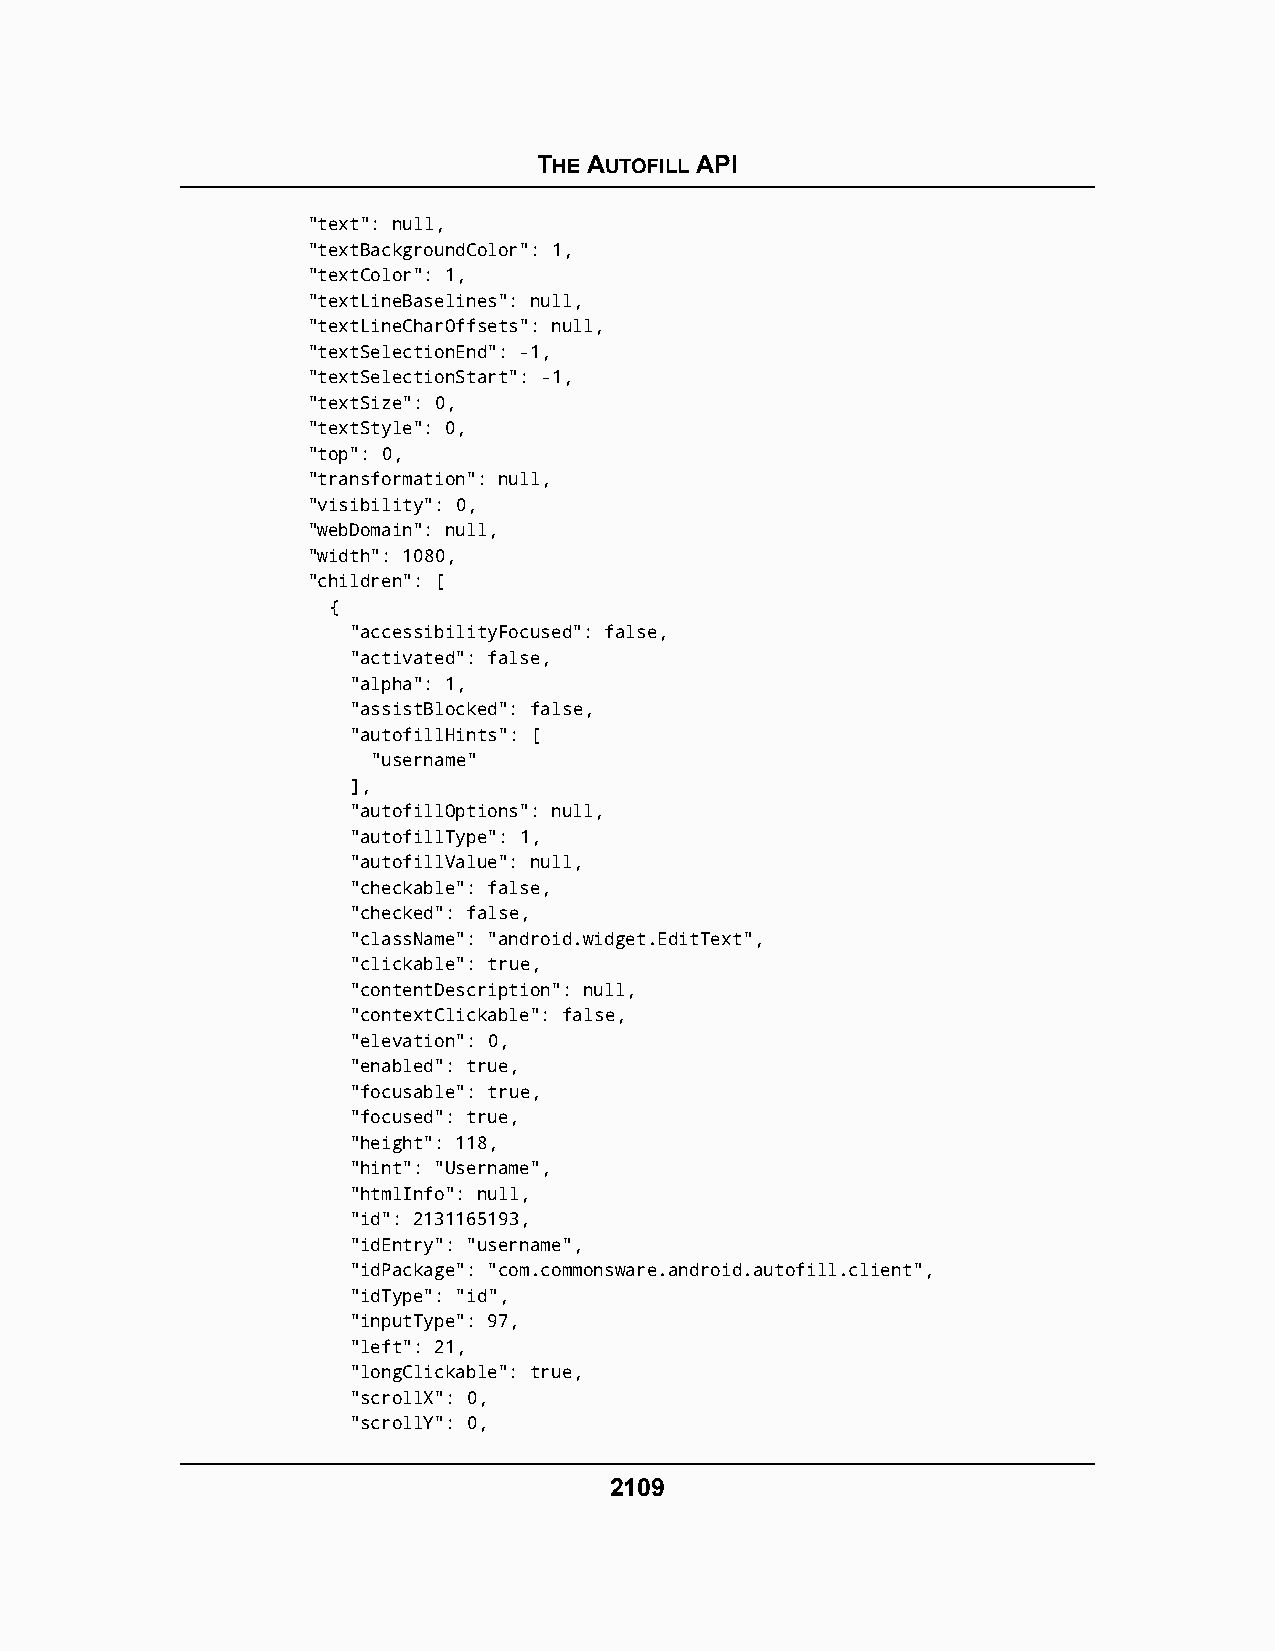
THE AUTOFILL API
 "text": null,
 "textBackgroundColor": 1,
 "textColor": 1,
 "textLineBaselines": null,
 "textLineCharOffsets": null,
 "textSelectionEnd": -1,
 "textSelectionStart": -1,
 "textSize": 0,
 "textStyle": 0,
 "top": 0,
 "transformation": null,
 "visibility": 0,
 "webDomain": null,
 "width": 1080,
 "children": [
 {
 "accessibilityFocused": false,
 "activated": false,
 "alpha": 1,
 "assistBlocked": false,
 "autofillHints": [
 "username"
 ],
 "autofillOptions": null,
 "autofillType": 1,
 "autofillValue": null,
 "checkable": false,
 "checked": false,
 "className": "android.widget.EditText",
 "clickable": true,
 "contentDescription": null,
 "contextClickable": false,
 "elevation": 0,
 "enabled": true,
 "focusable": true,
 "focused": true,
 "height": 118,
 "hint": "Username",
 "htmlInfo": null,
 "id": 2131165193,
 "idEntry": "username",
 "idPackage": "com.commonsware.android.autofill.client",
 "idType": "id",
 "inputType": 97,
 "left": 21,
 "longClickable": true,
 "scrollX": 0,
 "scrollY": 0,
 2109